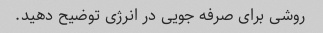
روشی برای صرفه جویی در انرژی توضیح دهید.